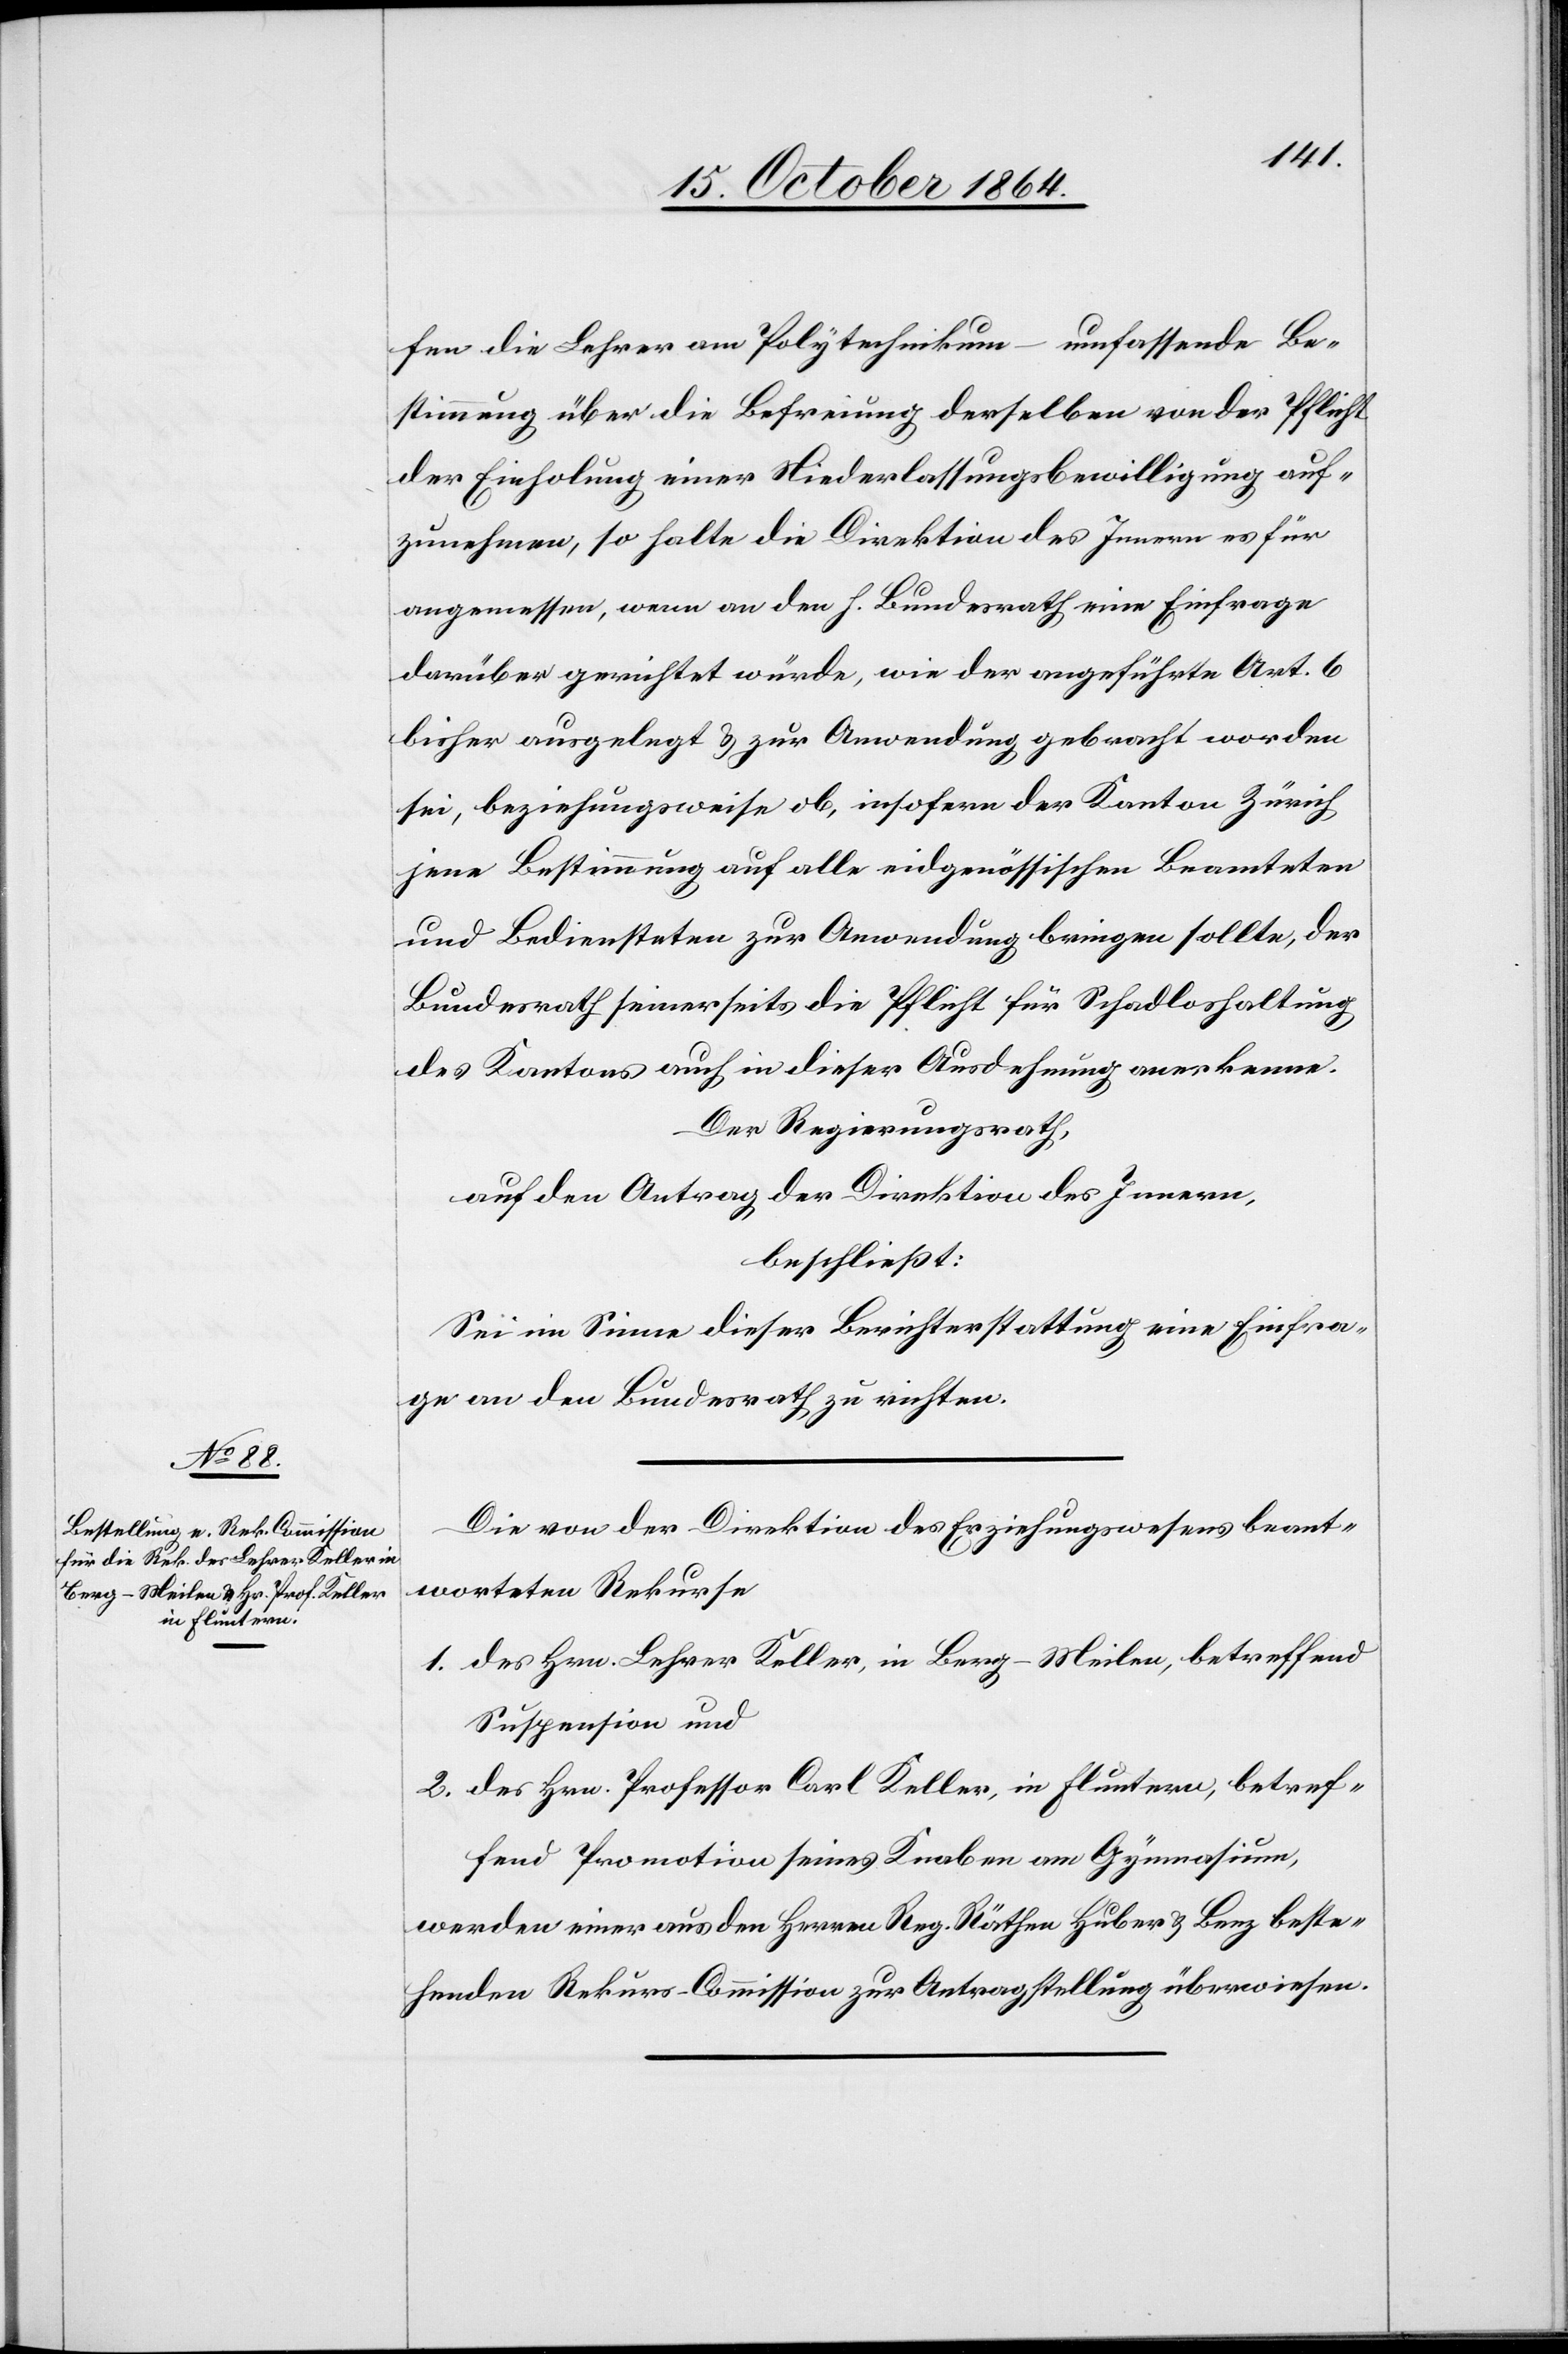
fen die Lehrer am Polytechnikum – umfassende Be¬
stimmung über die Befreiung derselben von der Pflicht
der Einholung einer Niederlassungsbewilligung auf¬
zunehmen, so halte die Direktion des Innern es für
angemessen, wenn an den h. Bundesrath eine Einfrage
darüber gerichtet würde, wie der angeführte Art. 6
bisher ausgelegt & zur Anwendung gebracht worden
sei, beziehungsweise ob, insofern der Kanton Zürich
jene Bestimmung auf alle eidgenössischen Beamteten
und Bediensteten zur Anwendung bringen sollte, der
Bundesrath seinerseits die Pflicht für Schadloshaltung
des Kantons auch in dieser Ausdehnung anerkenne.
Der Regierungsrath,
auf den Antrag der Direktion des Innern,
beschließt:
Sei im Sinne dieser Berichterstattung eine Einfra¬
ge an den Bundesrath zu richten.
Die von der Direktion des Erziehungswesens beant¬
worteten Rekurse
1. des Hrn. Lehrer Keller, in Berg-Meilen, betreffend
Suspension und
2. des Hrn. Professor Carl Keller, in Fluntern, betref¬
fend Promotion seines Knaben am Gymnasium,
werden einer aus den Herren Reg. Räthen Huber & Benz beste¬
henden Rekurs-Commission zur Antragstellung überwiesen.